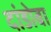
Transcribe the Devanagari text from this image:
दांडोबा